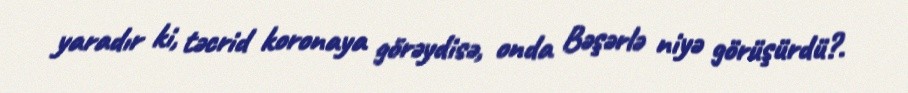
yaradır ki, təcrid koronaya görəydisə, onda Bəşərlə niyə görüşürdü?.